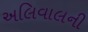
અલિવાલની